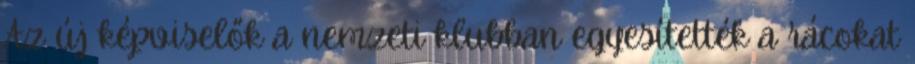
Az új képviselők a nemzeti klubban egyesítették a rácokat